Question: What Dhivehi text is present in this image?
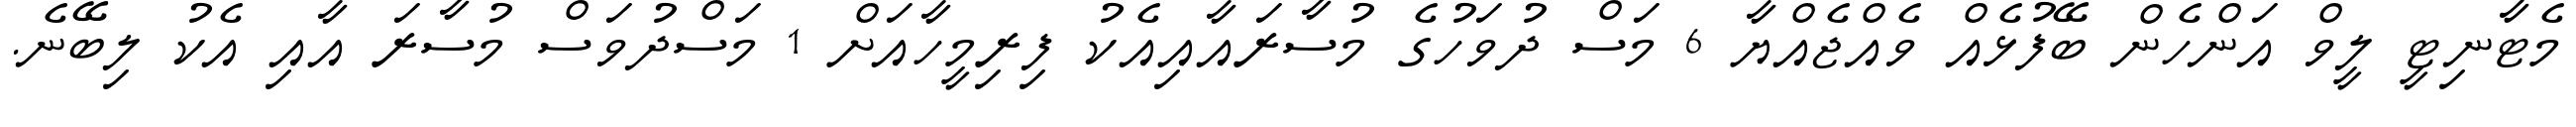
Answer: މެޓާނިޓީ ލީވް އަންހެން ބޭފުޅެއް ވެއްޖެއްޔާ 6 މަސް ދުވަހުގެ މުސާރައާއިއެކު ފިރިމީހާއަށް 1 މަސްދުވަސް މުސާރަ އާއި އެކު ލިބޭނެ.